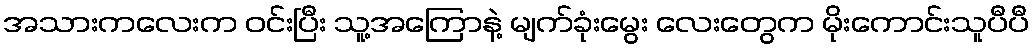
အသားကလေးက ဝင်းပြီး သူ့အကြောနဲ့ မျက်ခုံးမွေး လေးတွေက မိုးကောင်းသူပီပီ